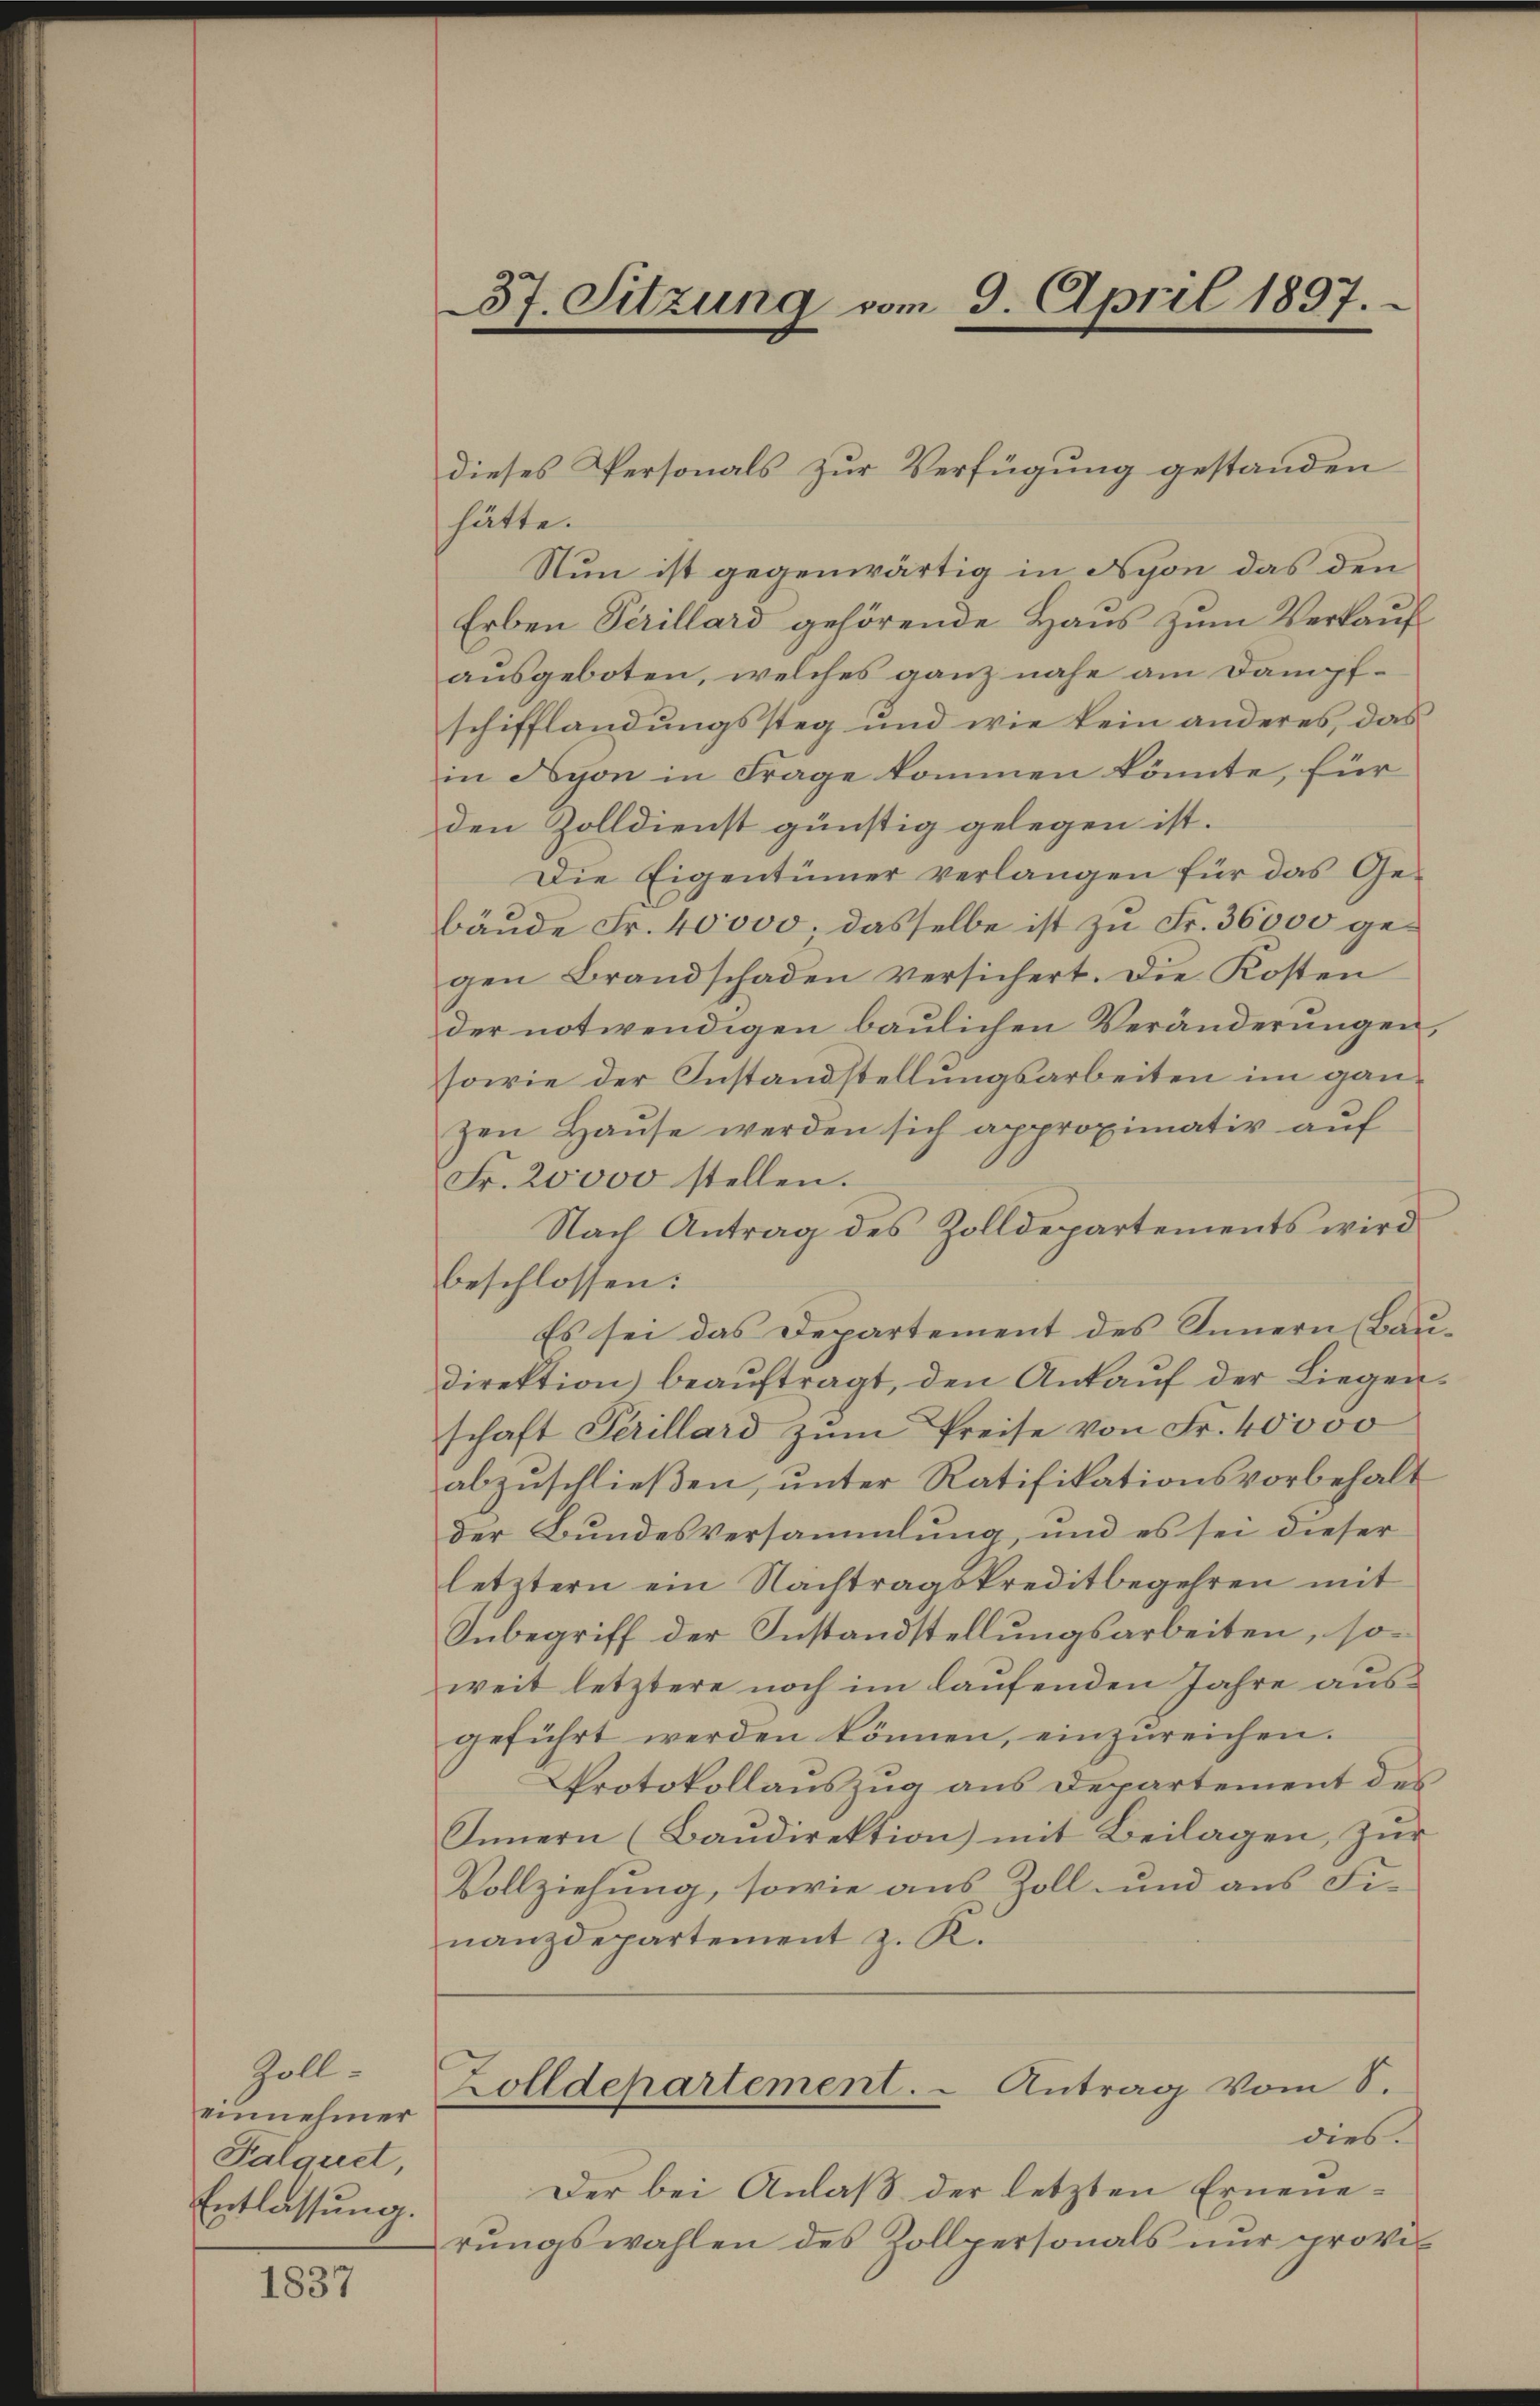
Zolleinnehmer
Falquet,
Entlassung.

1837

hätte.
Nun ist gegenwärtig in Nyon das den
Erben Perillard gehörende Haus zum Verkauf
ausgeboten, welches ganz nahe am Dampfschifflandungssteg und wie kein anderes, das
in Hyon in Frage kommen könnte, für
den Zolldienst günstig gelegen ist.
Die Eigentümer verlangen für das Ge-
bäude Fr. 40000; dasselbe ist zu Fr. 36000 gegen Brandschaden versichert. Die Kosten
der notwendigen baulichen Veränderungen,
sowie der Instandstellungsarbeiten im ganzen Haŭse werden sich approximativ aŭf
Fr. 20000 stellen.
Nach Antrag des Zolldepartements wird
beschlossen:
Es sei das Departement des Innern (Baudirektion beaŭftragt, den Ankaŭf der Liegen-
schaft Perillard zŭm Preise von Fr. 40000
abzuschließen, unter Ratifikationsvorbehalt
der Bundesversammlung, und es sei dieser
letztern ein Nachtragskreditbegehren mit
Inbegriff der Instandstellungsarbeiten, so
weit letztere noch im laufenden Jahre ausgeführt werden können, einzŭreichen.
Protokollauszug aus Departement des
Innern (Baŭdirektion) mit Beilagen, zur
Vollziehung, sowie aus Zoll- und aus Finanzdepartement z. K.
Zolldepartement. - Antrag vom 8.
dies.
Der bei Anlaß der letzten Erneuerŭngswahlen des Zollpersonals nur provi

37. Sitzung vom 9. April 1897.

dieses Personals zur Verfügung gestanden